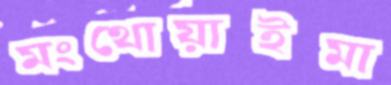
মংথোয়াইমা